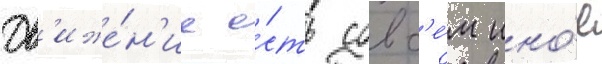
Дв'иже́н'ие е́сть совс'е́м ино́е